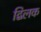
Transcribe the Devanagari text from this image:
द्विलक